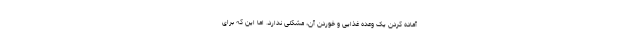
آماده کردن یک وعده غذایی و خوردن آن، مشکلی ندارد. اما این که برای